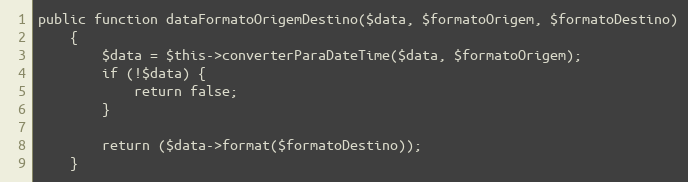
Language: PHP
public function dataFormatoOrigemDestino($data, $formatoOrigem, $formatoDestino)
    {
        $data = $this->converterParaDateTime($data, $formatoOrigem);
        if (!$data) {
            return false;
        }

        return ($data->format($formatoDestino));
    }